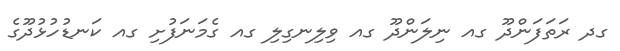
ގދ ރަތަފަންދޫ ގއ ނިލަންދޫ ގއ ވިލިނގިލި ގއ ގެމަނަފުށި ގއ ކަނޑުހުޅުދޫގެ